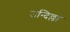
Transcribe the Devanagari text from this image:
उन्दिल्ला